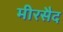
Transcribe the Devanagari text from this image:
मीरसैद